Civil Veterinary Department Bengal reports 1923-33 - 1923-1933
Year: 1923
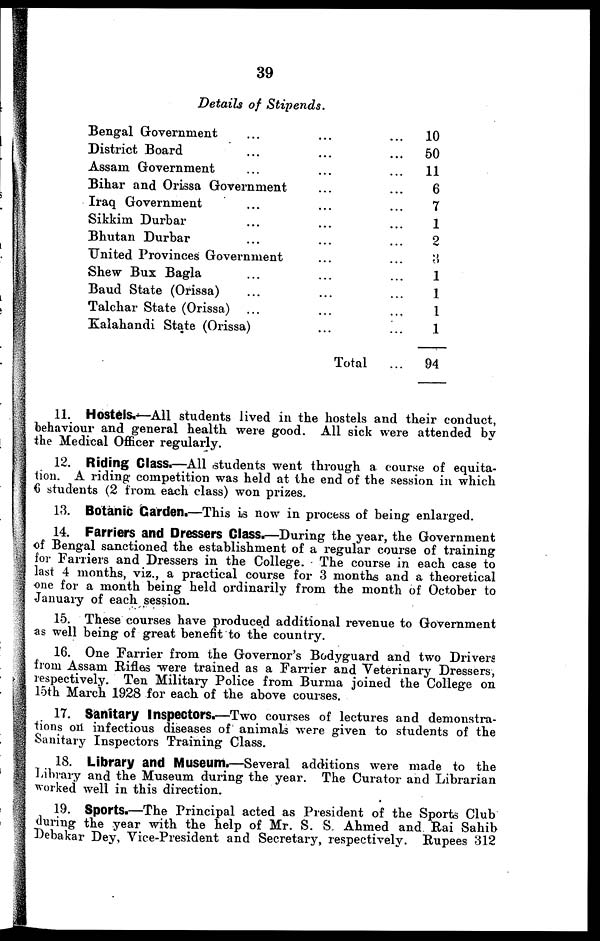
39
Details of Stipends.
Bengal Government ...
District Board ...
Assam Government ...
Bihar and Orissa Government
Iraq Government ...
Sikkim Durbar ...
Bhutan Durbar ...
United Provinces Government
Shew Bux Bagla ...
Baud State (Orissa) ...
Talchar State (Orissa) ...
Kalahandi State (Orissa)
...
...
...
...
...
...
...
...
...
...
...
...
Total
...
...
...
...
...
...
...
...
...
...
...
...
...
10
50
11
6
7
1
2
3
1
1
1
1
94
11. Hostels.—All students lived in the hostels and their conduct,
behaviour and general health were good. All sick were attended by
the Medical Officer regularly.
12. Riding Class.—All students went through a course of equita-
tion. A riding competition was held at the end of the session in which
6 students (2 from each class) won prizes.
13. Botanic Garden.—This is now in process of being enlarged.
14. Farriers and Dressers Class.—During the year, the Government
of Bengal sanctioned the establishment of a regular course of training
for Farriers and Dressers in the College. The course in each case to
last 4 months, viz., a practical course for 3 months and a theoretical
one for a month being held ordinarily from the month of October to
January of each session.
15. These courses have produced additional revenue to Government
as well being of great benefit to the country.
16. One Farrier from the Governor's Bodyguard and two Drivers
from Assam Rifles were trained as a Farrier and Veterinary Dressers,
respectively. Ten Military Police from Burma joined the College on
loth March 1928 for each of the above courses.
17. Sanitary Inspectors.—Two courses of lectures and demonstra-
tions on infectious diseases of animals were given to students of the
Sanitary Inspectors Training Class.
18. Library and Museum.—Several additions were made to the
Library and the Museum during the year. The Curator and Librarian
worked well in this direction.
19. Sports.—The Principal acted as President of the Sports Club
during the year with the help of Mr. S. S,. Ahmed and Rai Sahib
Debakar Dey, Vice-President and Secretary, respectively. Rupees 312